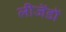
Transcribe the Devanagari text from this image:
लीजेंडों